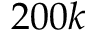
2 0 0 k